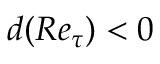
d ( R e _ { \tau } ) < 0